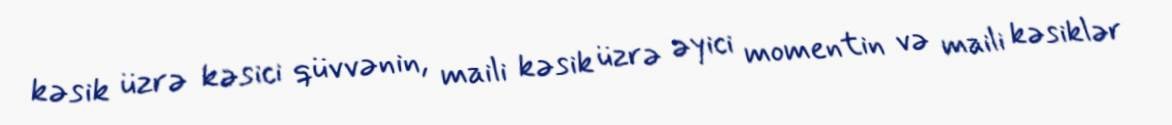
kəsik üzrə kəsici qüvvənin, maili kəsik üzrə əyici momentin və maili kəsiklər